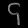
Digit: ၄